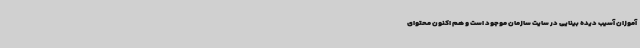
آموزان آسیب دیده بینایی در سایت سازمان موجود است و هم اکنون محتوای